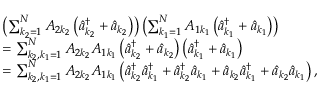
\begin{array} { r l } & { \left( \sum _ { k _ { 2 } = 1 } ^ { N } A _ { 2 k _ { 2 } } \left( \hat { a } _ { k _ { 2 } } ^ { \dagger } + \hat { a } _ { k _ { 2 } } \right) \right) \left( \sum _ { k _ { 1 } = 1 } ^ { N } A _ { 1 k _ { 1 } } \left( \hat { a } _ { k _ { 1 } } ^ { \dagger } + \hat { a } _ { k _ { 1 } } \right) \right) } \\ & { = \sum _ { k _ { 2 } , k _ { 1 } = 1 } ^ { N } A _ { 2 k _ { 2 } } A _ { 1 k _ { 1 } } \left( \hat { a } _ { k _ { 2 } } ^ { \dagger } + \hat { a } _ { k _ { 2 } } \right) \left( \hat { a } _ { k _ { 1 } } ^ { \dagger } + \hat { a } _ { k _ { 1 } } \right) } \\ & { = \sum _ { k _ { 2 } , k _ { 1 } = 1 } ^ { N } A _ { 2 k _ { 2 } } A _ { 1 k _ { 1 } } \left( \hat { a } _ { k _ { 2 } } ^ { \dagger } \hat { a } _ { k _ { 1 } } ^ { \dagger } + \hat { a } _ { k _ { 2 } } ^ { \dagger } \hat { a } _ { k _ { 1 } } + \hat { a } _ { k _ { 2 } } \hat { a } _ { k _ { 1 } } ^ { \dagger } + \hat { a } _ { k _ { 2 } } \hat { a } _ { k _ { 1 } } \right) , } \end{array}